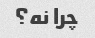
چرا نه؟